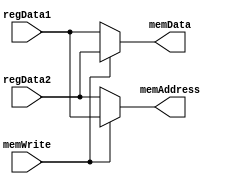

// I moved most of this into the control unit bc it makes more sense there
// I also modified the alu to pass regData1 as aluOut for memory instructions
module MemoryInterface(
    input       [15:0] regData1,
    input       [15:0] regData2,
    input              memWrite,
    output      [15:0] memAddress,
    output      [15:0] memData
);
    assign memAddress   = (memWrite == 1'b1) ? regData1 : regData2;
    assign memData      = (memWrite == 1'b0) ? regData1 : regData2;
endmodule